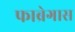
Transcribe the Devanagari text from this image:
फाब्रेगास